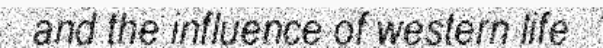
and the influence of western life